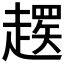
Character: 𬦚